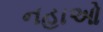
નહાઓ